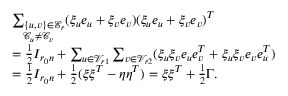
\begin{array} { r l } & { \underset { \mathcal { C } _ { u } \not = \mathcal { C } _ { v } } { \sum _ { \{ u , v \} \in \mathcal { E } _ { r } } } ( \xi _ { u } e _ { u } + \xi _ { v } e _ { v } ) ( \xi _ { u } e _ { u } + \xi _ { v } e _ { v } ) ^ { T } } \\ & { = \frac 1 2 I _ { r _ { 0 } n } + \sum _ { u \in \mathcal { V } _ { r 1 } } \sum _ { v \in \mathcal { V } _ { r 2 } } ( \xi _ { u } \xi _ { v } e _ { u } e _ { v } ^ { T } + \xi _ { u } \xi _ { v } e _ { v } e _ { u } ^ { T } ) } \\ & { = \frac 1 2 I _ { r _ { 0 } n } + \frac 1 2 ( \xi \xi ^ { T } - \eta \eta ^ { T } ) = \xi \xi ^ { T } + \frac 1 2 \Gamma . } \end{array}